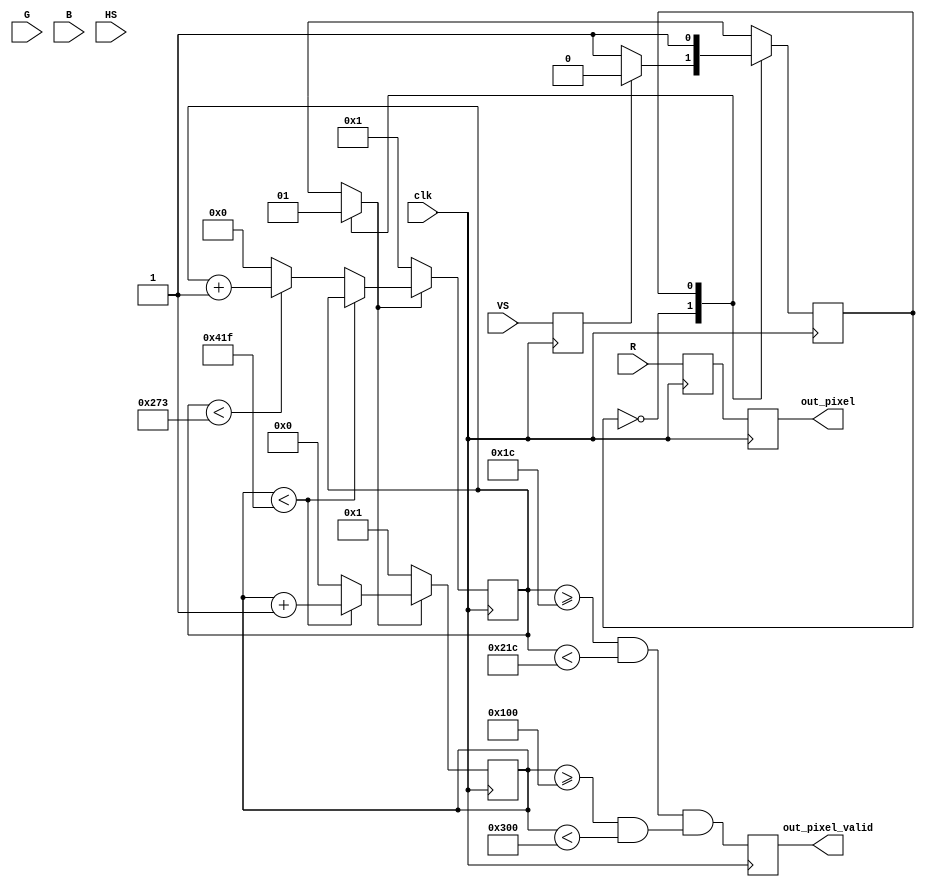
`timescale 1ns / 1ps
//////////////////////////////////////////////////////////////////////////////////
// Company: 
//                 Agnesina, Anthony
// 
// Create Date:
// Design Name: 
// Module Name:    hw6_vga2pixel 
// Project Name: 
// Target Devices: 
// Tool versions: 
// Description: 
//
// Dependencies: 
//
// Revision: 
// Revision 0.01 - File Created
// Additional Comments: 
//
//////////////////////////////////////////////////////////////////////////////////
module hw6_vga2pixel(
    clk,
    R,
    G,
    B,
    HS,
    VS,
    out_pixel,
    out_pixel_valid
);
    
// inputs
input clk;
input [7:0] R, G, B;
input HS, VS;

// outputs
output reg [7:0] out_pixel;
output reg out_pixel_valid;

// signals
reg [7:0] R_reg, G_reg, B_reg;
reg HS_reg, VS_reg;
reg [7:0] pixel;
reg pixel_valid_sig;
reg PS = 0, NS;

// parameters
parameter IDLE   = 0;
parameter ACTIVE = 1;

// input registers
always @(posedge clk) begin
    R_reg <= R;
    G_reg <= G;
    B_reg <= B;
    HS_reg <= HS;
    VS_reg <= VS;
end

// output registers
always @(posedge clk) begin
    out_pixel <= pixel;
    out_pixel_valid <= pixel_valid_sig;
end

// sequential logic
always @(posedge clk) begin
    PS <= NS;
end

//===========================================================
// PARAMETERS
//===========================================================
parameter counter_wid = 32;

//--------------------------------------------------------
//Image Details
//--------------------------------------------------------
parameter bit_depth = 8;
//Number of rows and cols in the input image
parameter rows = 512;
parameter cols = 512;

//--------------------------------------------------------
//VGA Details
//--------------------------------------------------------
parameter VGA_pixels = 800;
parameter VGA_lines = 600;

parameter HS_front_porch = 40;
parameter HS_sync_pulse = 128 + HS_front_porch; //this is looking at the total count. So we are making a running sum.
parameter HS_back_porch = 88 + HS_sync_pulse;   //this is looking at the total count. So we are making a running sum.

parameter VS_front_porch = 1;
parameter VS_sync_pulse = 4 + VS_front_porch;   //this is looking at the total count. So we are making a running sum.
parameter VS_back_porch = 23 + VS_sync_pulse;       //this is looking at the total count. So we are making a running sum.

parameter HS_total_pixels = VGA_pixels+HS_back_porch;
parameter VS_total_pixels = VGA_lines+VS_back_porch;

//--------------------------------------------------------
//Counters to keep track of screen location
//--------------------------------------------------------
//Timings for 800*600 VGA resolution (W*H)
reg [10:0] counterX = 0;
reg [9:0] counterY = 0;
reg en_vga_counters = 0;

always @(posedge clk)
    if(en_vga_counters) begin
        if(counterX < (HS_total_pixels-1))
            counterX <= counterX + 1;           //Whole row is 1056 pixels wide
        else begin                  
            counterX <= 0;
            if(counterY < (VS_total_pixels-1))
                counterY <= counterY + 1;       //Whole column is 628 pixels high
            else
                counterY <= 0;
            end
    end
    else begin
        counterY = VS_front_porch;
        counterX = 1;
    end
        

//--------------------------------------------------------
//Horizontal and Vertical Sync Signals
//--------------------------------------------------------
wire HS_FP = (counterX < HS_front_porch);       //Front Porch
wire HS_SY = (counterX >= HS_front_porch) && (counterX < HS_sync_pulse);    //Sync Pulse (128)
wire HS_BP = (counterX >= HS_sync_pulse) && (counterX < HS_back_porch); //Back Porch (88)
wire HS_DI = (counterX >= HS_back_porch);       //Display Region
wire pixel_valid = HS_DI && (counterX < HS_back_porch + cols);  //Image is only 512 columns wide

wire VS_FP = (counterY < VS_front_porch);       //Front Porch
wire VS_SY = (counterY >= VS_front_porch) && (counterY < VS_sync_pulse);    //Sync Pulse (4)
wire VS_BP = (counterY >= VS_sync_pulse) && (counterY < VS_back_porch); //Back Porch (23)
wire VS_DI = (counterY >= VS_back_porch);       //Display Region
wire line_valid = VS_DI && (counterY < VS_back_porch + rows);                           //Image is only 512 rows wide

// combinational logic
always @(*) begin
    pixel_valid_sig = line_valid && pixel_valid;
    pixel = R_reg;
    NS = PS;
    en_vga_counters = 0;
    case (PS)
        IDLE:       if (!VS_reg) NS = ACTIVE;
        ACTIVE:     en_vga_counters = 1;
        default:    NS = IDLE;
    endcase
end

endmodule